Provision of milk for school children, 1934
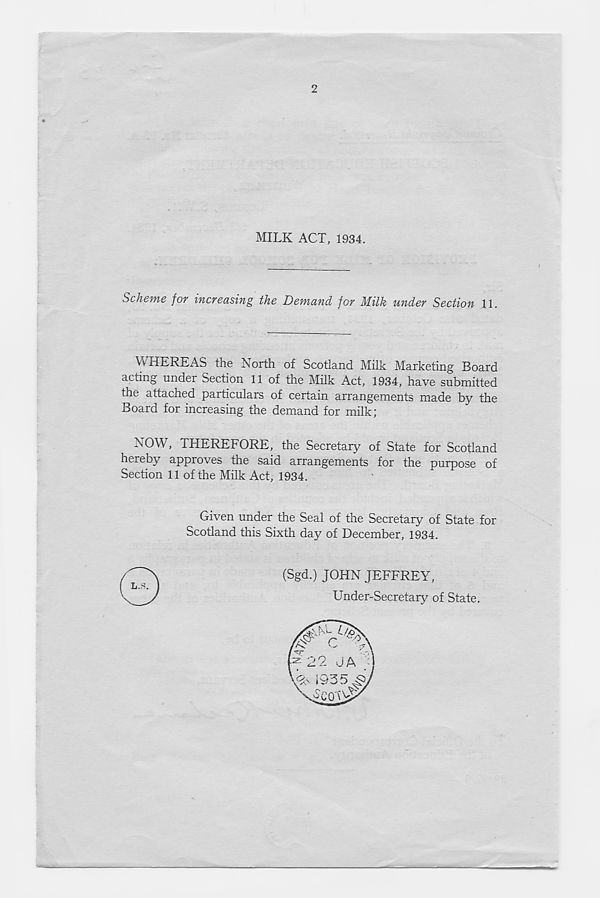
2
MILK ACT, 1934.
Scheme for increasing the Demand for Milk wider Section 11.
Vv HEREAS the hiorth of Scotland Milk Marketing Board
acting under Section 11 of the Milk Act, 1934, have submitted
the attached particulars of certain arrangements made by the
Board for increasing the demand for milk;
NOW, THEREFORE, the Secretary of State for Scotland
hereby approves the said arrangements for the purpose of
Section 11 of the Milk Act, 1934.
^ Given under the Seal of the Secretary of State for
Scotland this Sixth day of December, 1934.
(Sgd.) JOHN JEFFREY,
Under-Secretary of State.